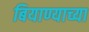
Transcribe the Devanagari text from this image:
बियाण्याच्या